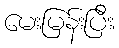
မေးမြန်းပြီး